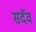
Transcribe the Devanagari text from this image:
सदॅव